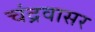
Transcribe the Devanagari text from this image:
चंद्रवासर